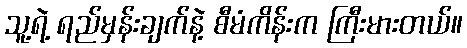
သူ့ရဲ့ ရည်မှန်းချက်နဲ့ စီမံကိန်းက ကြီးမားတယ်။